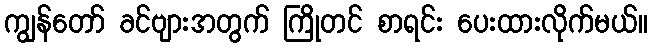
ကျွန်တော် ခင်ဗျားအတွက် ကြိုတင် စာရင်း ပေးထားလိုက်မယ်။